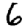
Digit: 6